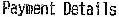
PAYMENT DETAILS